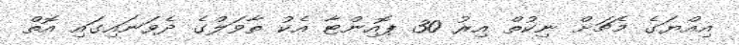
އިއްޔަގެ މެޗަށް ނިކުތް އިރު 30 ޕޮއިންޓާ އެކު ތާވަލްގެ ދެވަނައިގައި އޮތް